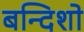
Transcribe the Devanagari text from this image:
बन्दिशो